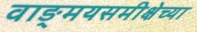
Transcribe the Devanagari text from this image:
वाङ्‌मयसमीक्षेच्या